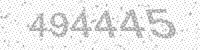
Solution: 494445